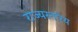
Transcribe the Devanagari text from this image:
राज्यस्तरिय